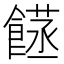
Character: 𮩈